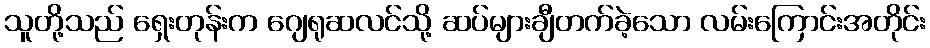
သူတို့သည် ရှေးတုန်းက ဂျေရုဆလင်သို့ ဆပ်များချီတက်ခဲ့သော လမ်းကြောင်းအတိုင်း